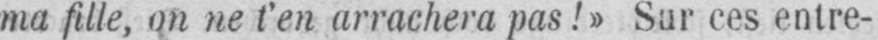
ma fille, on ne t’en arrachera pas!» Sur ces entre-